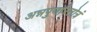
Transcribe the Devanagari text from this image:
अन्नपुर्णास्तोत्रं